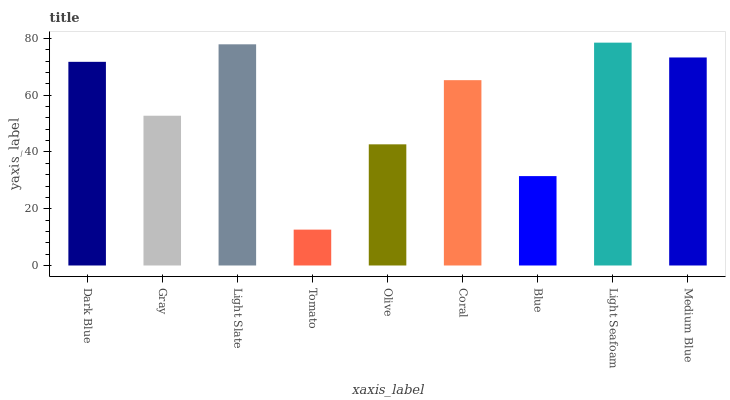
| xaxis_label | bars |
 | --- | --- |
 | Dark Blue | 71.7 |
 | Gray | 52.8 |
 | Light Slate | 77.9 |
 | Tomato | 12.6 |
 | Olive | 42.7 |
 | Coral | 65.3 |
 | Blue | 31.5 |
 | Light Seafoam | 78.5 |
 | Medium Blue | 73.3 |